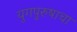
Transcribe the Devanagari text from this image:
युगपुरुषाचा